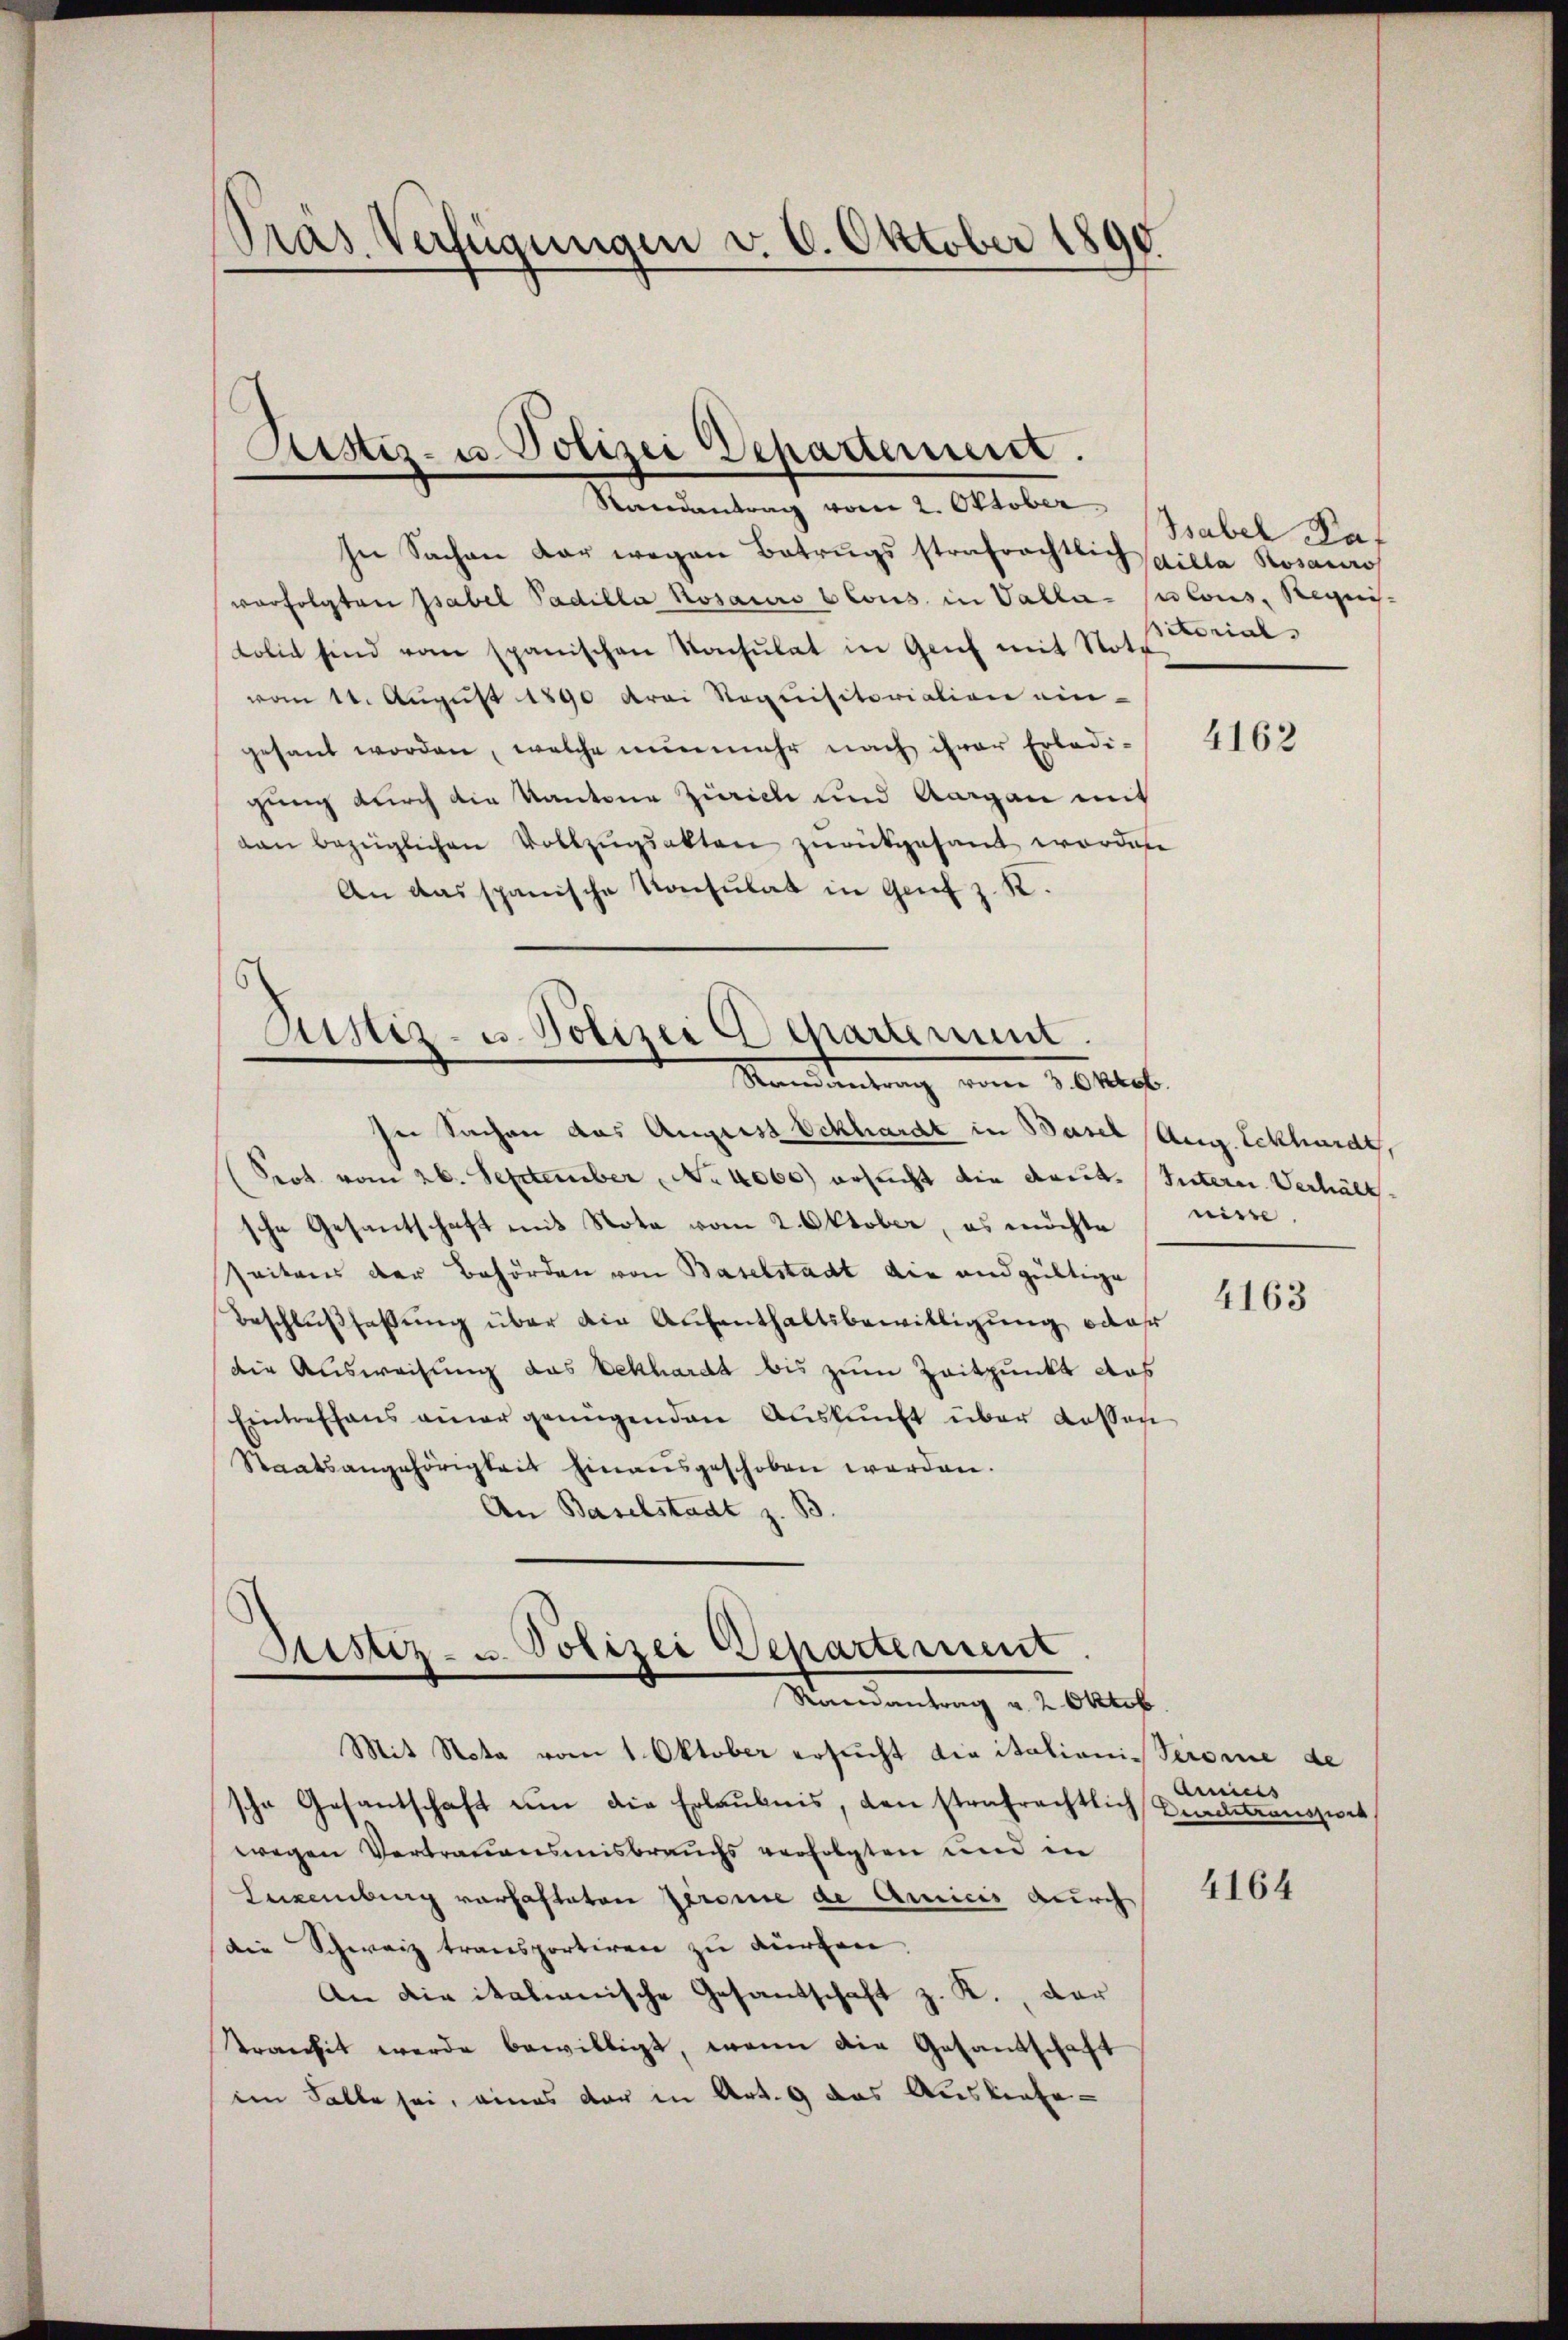
Pras Verfügungen v. 6. Oktober 1890

Sistiz- u. Polizei Departement.

Randantrag vom 2. Oktober
In Sachen dar wegen Betrugsstrafrechtlich spilla Rosaurs
verfolgten Isabel Padilla Rosaurs clous in Valla plous, Regnis-
Lolie sind vom spanischen Kochŭlat in Genf mit Note
vom 11. August 1890 drei Requisitoriation ein-
gesant worden, welche nunmehr nach ihrer Erledigung durch die Kantone Zürich und Aargau mit
dan bezüglichen Vollzŭgsakten zurückgesandt worden
An das spanische Konsulat in Genf z. R.
In Sachen das August Eckhardt in Basel (Aug. Eckhardt,
(Srot. vom 26. September No. 4060) ersucht die dort. (Sutern Verhältsche Gesantschaft mit Nota vom 2. Oktober, es möchte
seitens der Behörden von Baselstadt die andgültige
Beschlußfaßung über die Aufenthaltsbewilligung oder
die Ausweisung das Bekhardt bis zum Zeitpunkt das
Eintreffens einer genügenden Auskunft über dassen
Staatsangehörigkeit hinausgeschoben worden.
An Baselstadt z. B

6
Aistiz- u. Polizei Departement.
Menindung vom 3. untert.

Justiz- u. Polizei Departement
Randantrag u. 2 Oktob

Mit Nota vom 1. Oktober ersucht die italionisserone de
sche Gesantschaft um die Erlaubnis, den strafrechtlich
wegen Vertrauensmisbrauchs verfolgten und in
Luxenburg vorhafteten Jerome de Articis durch
Die Schweiz transportiren zu dürfen.
An die italianische Gesandschaft z. K., der
transit werde bewilligt, wenn die Gesandschaft
im Falle sei, eines der in Art. 9 das Ausliefe¬

Tabel Paf
sitorial

4162

nisse.

4163

Annels
Aenderausses

4164